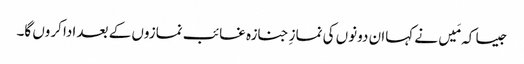
جیسا کہ مَیں نے کہاان دونوں کی نمازِ جنازہ غائب نمازوں کے بعد ادا کروں گا۔